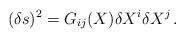
LaTeX: \begin{align*}(\delta s)^2 = G_{ij}(X) \delta X^i \delta X^j\, .\end{align*}